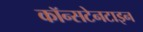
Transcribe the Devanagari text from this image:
कॉन्सटेनटाइन